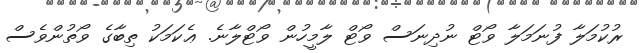
ރުކުމަލާ ފުނަމަލާ ވޯޓް ނުދިނަސް ވޯޓް ލާމީހުން ވޯޓްލާނެ. ޢެކަމަކު ތިބާގެ ވޯތުންވެސް